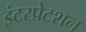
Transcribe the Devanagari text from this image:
इंटरप्रेटशन